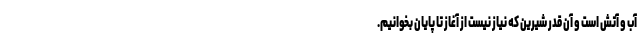
آب و آتش است و آن قدر شیرین که نیاز نیست از آغاز تا پایان بخوانیم.